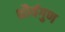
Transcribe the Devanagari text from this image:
शौर्यगुण